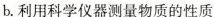
b。利用科学仪器测量物质的性质